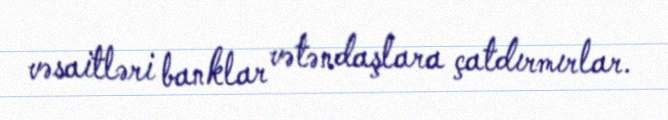
vəsaitləri banklar vətəndaşlara çatdırmırlar.